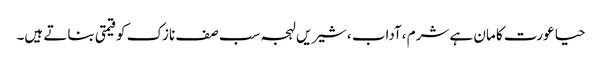
حیا عورت کا مان ہے شرم ،آداب ،شیریں لہجہ سب صف نازک کو قیمتی بناتے ہیں۔